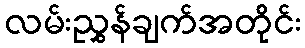
လမ်းညွှန်ချက်အတိုင်း